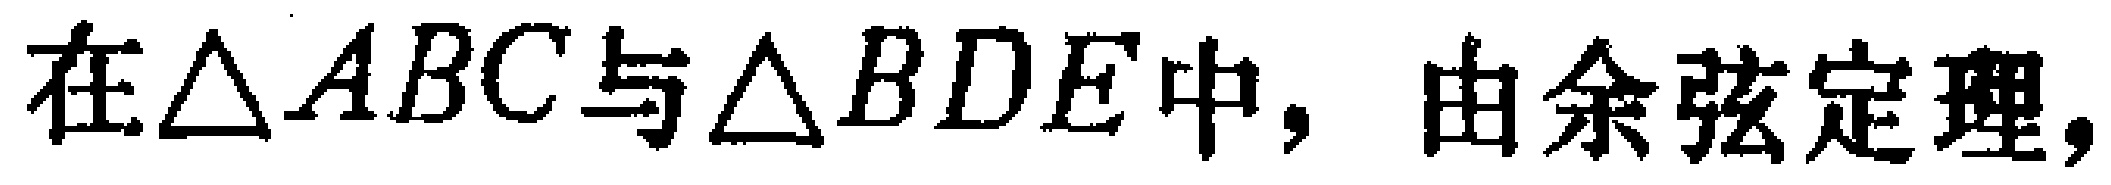
在$\triangle ABC$与$\triangle BDE$中，由余弦定理，